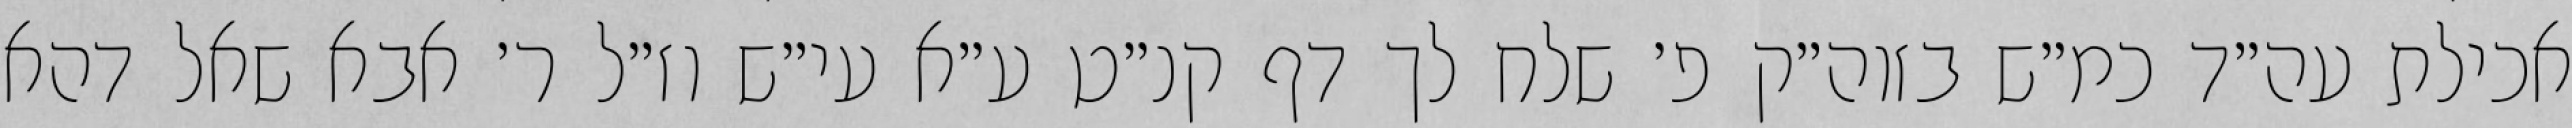
אכילת עה״ד כמ״ש בזוה״ק פ׳ שלח לך דף קנ״ט ע״א עי״ש וז״ל ר׳ אבא שאל דהא